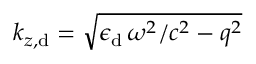
k _ { z , \mathrm { d } } = \sqrt { \epsilon _ { \mathrm { d } } \, \omega ^ { 2 } / c ^ { 2 } - q ^ { 2 } }